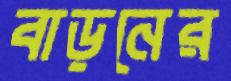
বাড়নের